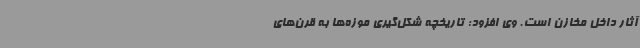
آثار داخل مخازن است. وی افزود: تاریخچه شکل‌گیری موزه‌ها به قرن‌های